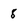
Character: 8